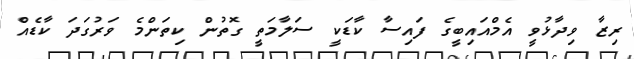
ރިޒާ ވިދާޅުވީ އެމްއައިބީގެ ފައިސާ ކާޑަކީ ސަލާމަތީ ގޮތުން ކިތަންމެ ވަރުގަދަ ކާޑެއް